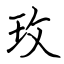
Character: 玫